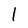
Character: l